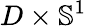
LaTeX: D\times\mathbb{S}^{1}